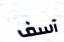
آسف